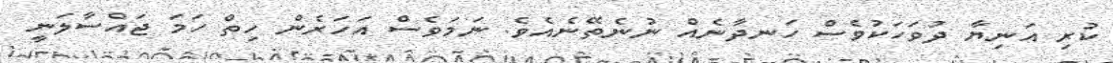
ކުރި އަނިޔާ ދުވަހަކުވެސް ހަނދާނެއް ނުނެތޭނެއެވެ. ނަމަވެސް އަހަރެން ހިތް ހަމަ ޖައްސާލަނީ